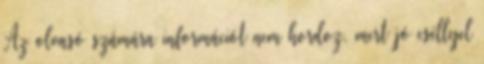
Az olvasó számára információt nem hordoz, mert jó eséllyel